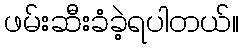
ဖမ်းဆီးခံခဲ့ရပါတယ်။